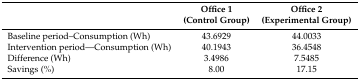
<table><thead><tr><td></td><td><b>Office 1(Control Group)</b></td><td><b>Office 2(Experimental Group)</b></td></tr></thead><tbody><tr><td>Baseline period–Consumption (Wh)</td><td>43.6929</td><td>44.0033</td></tr><tr><td>Intervention period—Consumption (Wh)</td><td>40.1943</td><td>36.4548</td></tr><tr><td>Difference (Wh)</td><td>3.4986</td><td>7.5485</td></tr><tr><td>Savings (%)</td><td>8.00</td><td>17.15</td></tr></tbody></table>